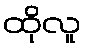
ထိုလူ